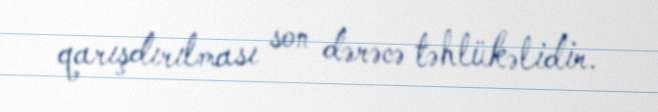
qarışdırılması son dərəcə təhlükəlidir.